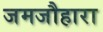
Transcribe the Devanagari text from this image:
जमजौहारा